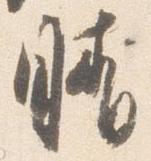
晴